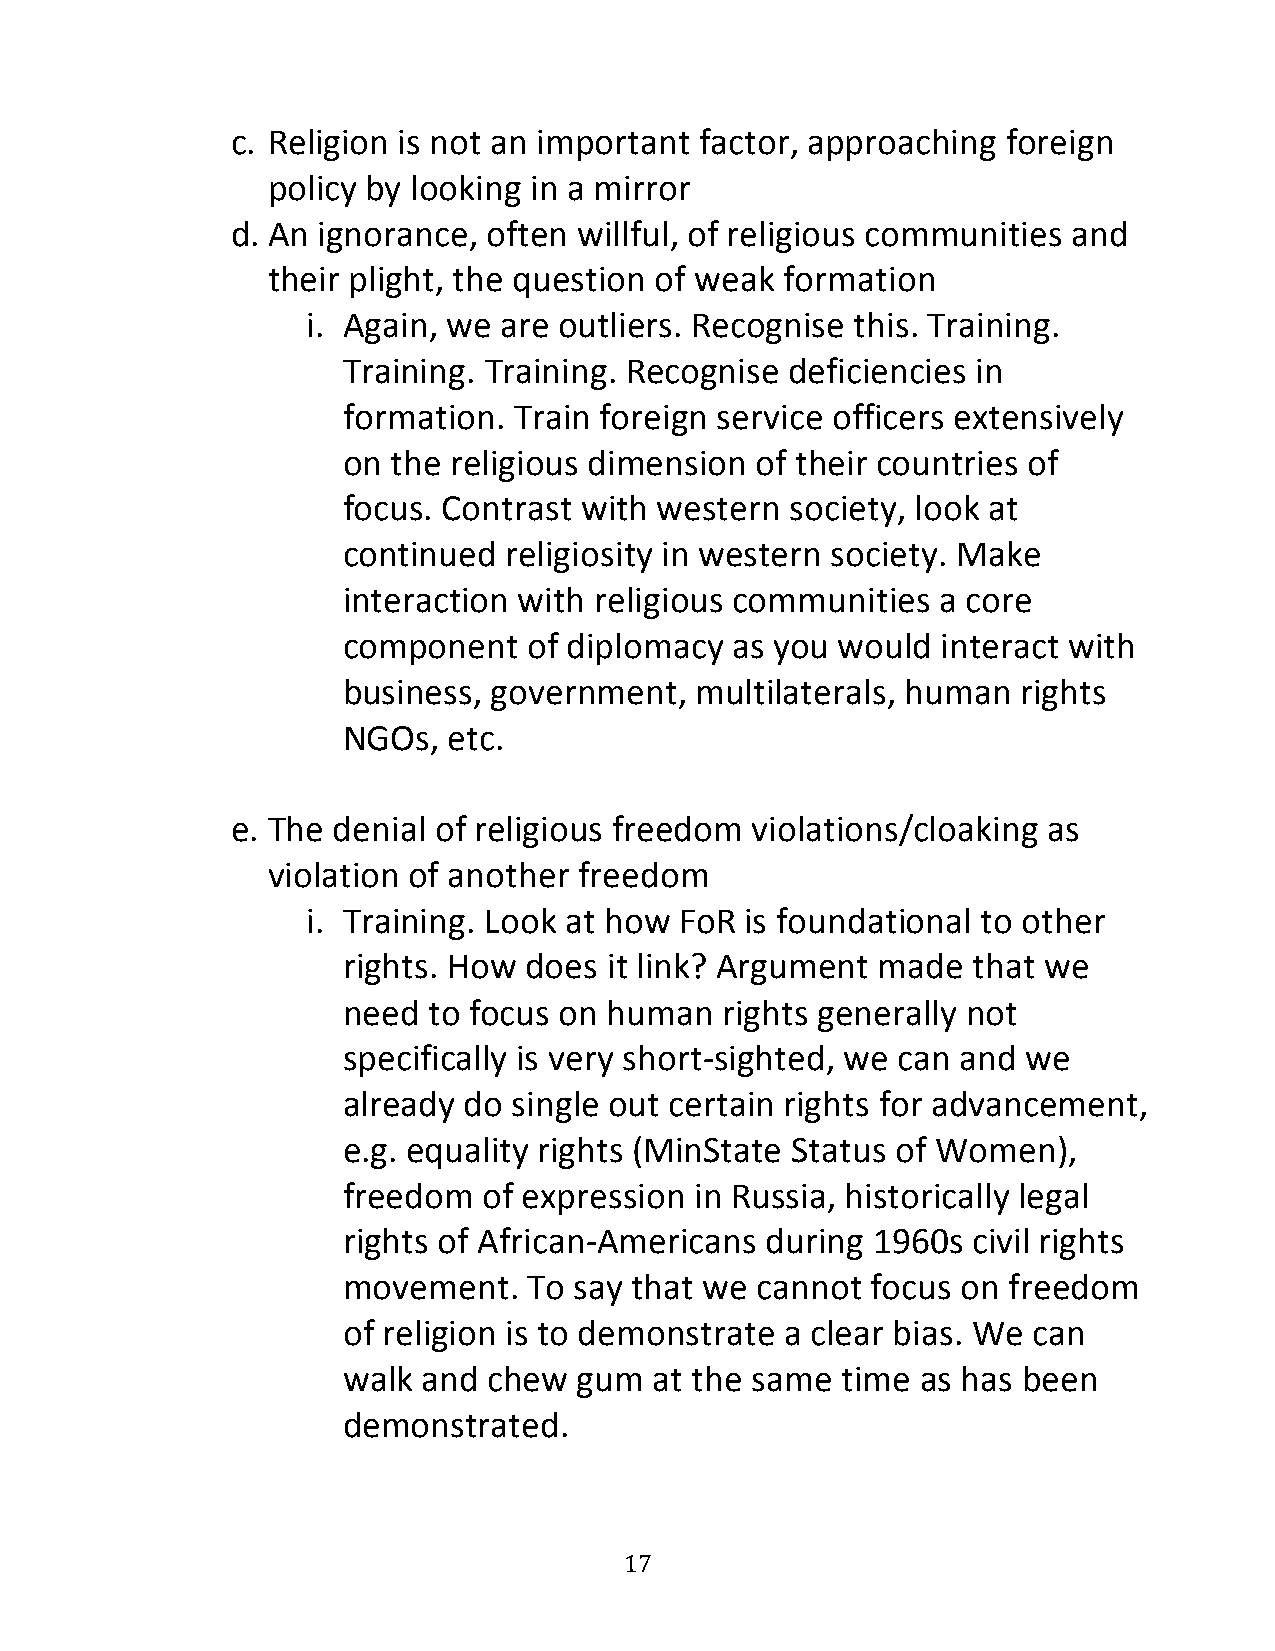
c. Religion is not an important factor, approaching foreign
 policy by looking in a mirror
 d. An ignorance, often willful, of religious communities and
 their plight, the question of weak formation
 i. Again, we are outliers. Recognise this. Training.
 Training. Training. Recognise deficiencies in
 formation. Train foreign service officers extensively
 on the religious dimension of their countries of
 focus. Contrast with western society, look at
 continued religiosity in western society. Make
 interaction with religious communities a core
 component   of diplomacy as you  would interact with
 business, government,  multilaterals, human  rights
 NGOs,  etc.
 e. The denial of religious freedom violations/cloaking as
 violation of another freedom
 i. Training. Look at how FoR is foundational to other
 rights. How does it link? Argument made  that we
 need to focus on human   rights generally not
 specifically is very short-sighted, we can and we
 already do single out certain rights for advancement,
 e.g. equality rights (MinState Status of Women),
 freedom  of expression in Russia, historically legal
 rights of African-Americans during 1960s civil rights
 movement.   To say that we cannot  focus on freedom
 of religion is to demonstrate a clear bias. We can
 walk and chew  gum  at the same  time as has been
 demonstrated.
 17